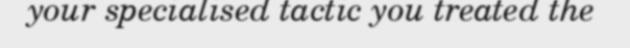
your specialised tactic you treated the